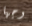
وجها